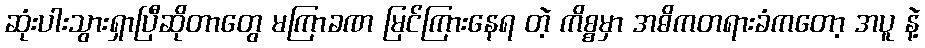
ဆုံးပါးသွားရှာပြီဆိုတာတွေ မကြာခဏ မြင်ကြားနေရ တဲ့ ကိစ္စမှာ အဓိကတရားခံကတော့ အပူ နဲ့